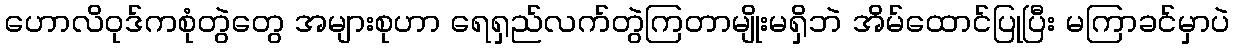
ဟောလိဝုဒ်ကစုံတွဲတွေ အများစုဟာ ရေရှည်လက်တွဲကြတာမျိုးမရှိဘဲ အိမ်ထောင်ပြုပြီး မကြာခင်မှာပဲ